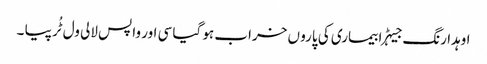
اوہدا رنگ جیہڑا بیماری کی پارو ں خراب ہو گیا سی اور واپس لالی ول ٹُر پیا ۔